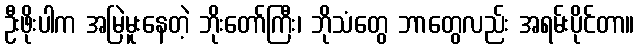
ဦးဖိုးပါက အမြဲမူးနေတဲ့ ဘိုးတော်ကြီး၊ ဘိုသံတွေ ဘာတွေလည်း အရမ်းပိုင်တာ။